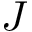
J